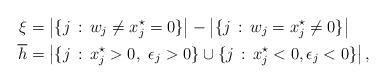
LaTeX: \begin{align*}\xi &= \big|\{j\,:\, w_j \neq x_j^\star = 0\}\big| - \big|\{j\,:\, w_j = x_j^\star \neq 0\}\big|\\\overline{h}&= \big|\{j\,:\, x_j^\star > 0, \,\,\epsilon_j > 0\} \cup \{j\,:\, x_j^\star < 0, \epsilon_j < 0\}\big|\,,\end{align*}